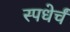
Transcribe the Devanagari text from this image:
स्पधेर्चं